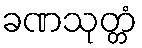
ခဏသုတ္တံ